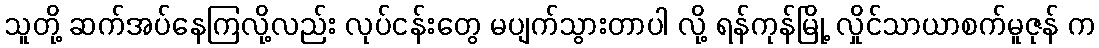
သူတို့ ဆက်အပ်နေကြလို့လည်း လုပ်ငန်းတွေ မပျက်သွားတာပါ လို့ ရန်ကုန်မြို့ လှိုင်သာယာစက်မူဇုန် က